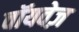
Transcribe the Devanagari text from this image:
वॉयवेज़